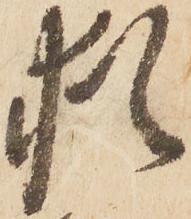
猶